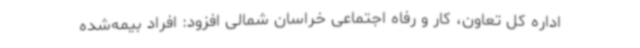
اداره کل تعاون، کار و رفاه اجتماعی خراسان شمالی افزود: افراد بیمه‌شده